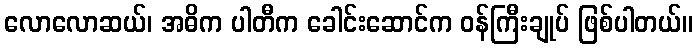
လောလောဆယ်၊ အဓိက ပါတီက ခေါင်းဆောင်က ဝန်ကြီးချုပ် ဖြစ်ပါတယ်။